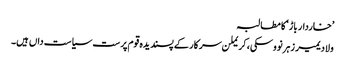
’خاردار باڑ‘ کا مطالبہ
ولادیمیر زہرنووسکی، کریملن سرکار کے پسندیدہ قوم پرست سیاست داں ہیں۔